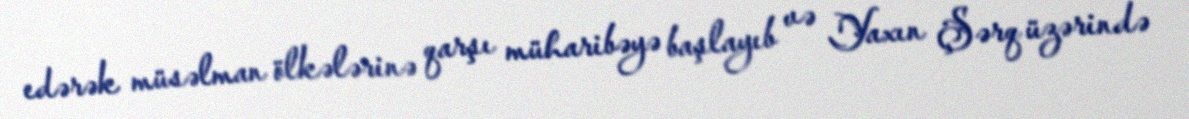
edərək müsəlman ölkələrinə qarşı müharibəyə başlayıb və Yaxın Şərq üzərində